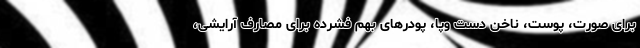
برای صورت، پوست، ناخن دست وپا، پودرهای بهم فشرده برای مصارف آرایشی،